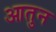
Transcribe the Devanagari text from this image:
आतुन